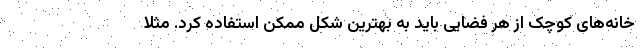
خانه‌های کوچک از هر فضایی باید به بهترین شکل ممکن استفاده کرد. مثلا